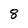
Character: 8